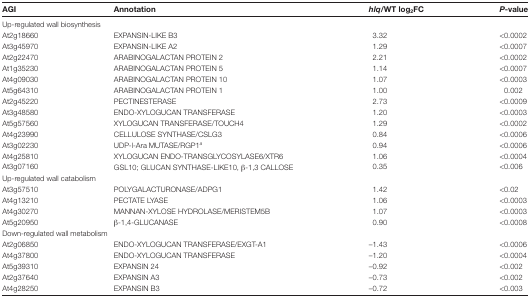
| AGI | Annotation | hlq/WT log2FC | P-value |
 | --- | --- | --- | --- |
 | <COLSPAN=4> Up-regulated wall biosynthesis |
 | At2g18660 | EXPANSIN-LIKE B3 | 3.32 | <0.0002 |
 | At3g45970 | EXPANSIN-LIKE A2 | 1.29 | <0.0007 |
 | At2g22470 | ARABINOGALACTAN PROTEIN 2 | 2.21 | <0.0002 |
 | At1g35230 | ARABINOGALACTAN PROTEIN 5 | 1.14 | <0.0007 |
 | At4g09030 | ARABINOGALACTAN PROTEIN 10 | 1.07 | <0.0003 |
 | At5g64310 | ARABINOGALACTAN PROTEIN 1 | 1.00 | 0.002 |
 | At2g45220 | PECTINESTERASE | 2.73 | <0.0009 |
 | At3g48580 | ENDO-XYLOGUCAN TRANSFERASE | 1.20 | <0.0003 |
 | At5g57560 | XYLOGUCAN TRANSFERASE/TOUCH4 | 1.29 | <0.0002 |
 | At4g23990 | CELLULOSE SYNTHASE/CSLG3 | 0.84 | <0.0006 |
 | At3g02230 | UDP-l-Ara MUTASE/RGP1a | 0.94 | <0.0006 |
 | At4g25810 | XYLOGUCAN ENDO-TRANSGLYCOSYLASE6/XTR6 | 1.06 | <0.0004 |
 | At3g07160 | GSL10; GLUCAN SYNTHASE-LIKE10, β-1,3 CALLOSE | 0.35 | <0.006 |
 | <COLSPAN=4> Up-regulated wall catabolism |
 | At3g57510 | POLYGALACTURONASE/ADPG1 | 1.42 | <0.02 |
 | At4g13210 | PECTATE LYASE | 1.06 | <0.0003 |
 | At4g30270 | MANNAN-XYLOSE HYDROLASE/MERISTEM5B | 1.07 | <0.0003 |
 | At5g20950 | β-1,4-GLUCANASE | 0.90 | <0.0008 |
 | <COLSPAN=4> Down-regulated wall metabolism |
 | At2g06850 | ENDO-XYLOGUCAN TRANSFERASE/EXGT-A1 | –1.43 | <0.0006 |
 | At4g37800 | ENDO-XYLOGUCAN TRANSFERASE | –1.20 | <0.0004 |
 | At5g39310 | EXPANSIN 24 | –0.92 | <0.002 |
 | At2g37640 | EXPANSIN A3 | –0.73 | <0.002 |
 | At4g28250 | EXPANSIN B3 | –0.72 | <0.003 |